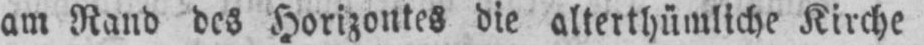
am Rand des Horizontes die alterthümliche Kirche